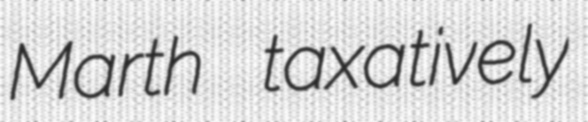
Marth taxatively